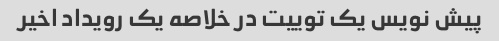
پیش نویس یک توییت در خلاصه یک رویداد اخیر